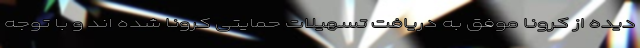
دیده از کرونا موفق به دریافت تسهیلات حمایتی کرونا شده اند و با توجه